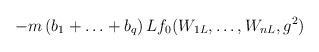
\begin{align*}-m\left(b_1+\ldots+b_q\right)Lf_0(W_{1L},\ldots,W_{nL},g^2)\end{align*}